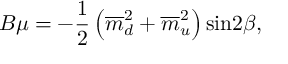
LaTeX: B \mu = - \frac { 1 } { 2 } \left( \overline { { { m } } } _ { d } ^ { 2 } + \overline { { { m } } } _ { u } ^ { 2 } \right) \mathrm { s i n } 2 \beta ,